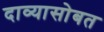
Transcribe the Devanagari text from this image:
दाव्यासोबत